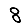
Digit: 8